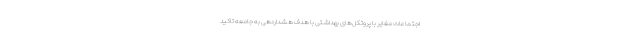
اجتماعات مغایر با پروتکل‌های بهداشتی با هدف هشداردهی به جامعه تاکید